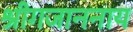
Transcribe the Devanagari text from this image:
श्रीगजाननाय